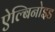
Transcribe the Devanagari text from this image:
ऐल्बिनोइड